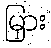
မြှား